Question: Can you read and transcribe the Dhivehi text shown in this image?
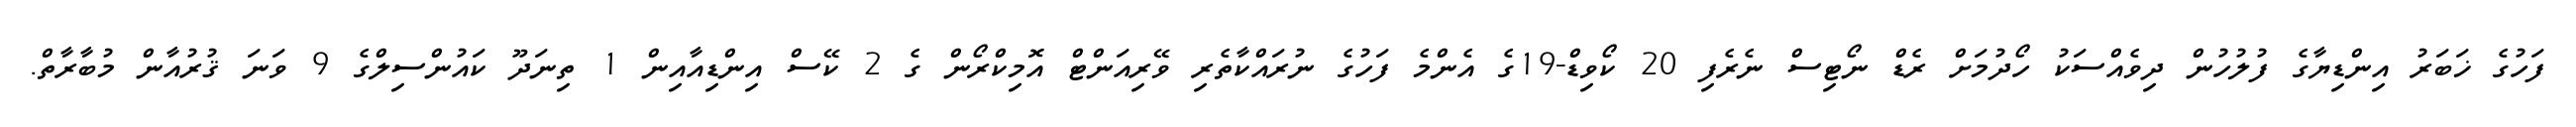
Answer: ފަހުގެ ޚަބަރު އިންޑިޔާގެ ފުލުހުން ދިވެއްސަކު ހޯދުމަށް ރެޑް ނޯޓިސް ނެރެފި 20 ކޯވިޑް-19ގެ އެންމެ ފަހުގެ ނުރައްކާތެރި ވޭރިއަންޓް އޮމިކްރޯން ގެ 2 ކޭސް އިންޑިއާއިން 1 ތިނަދޫ ކައުންސިލްގެ 9 ވަނަ ޤުރުއާން މުބާރާތް.